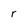
Character: r